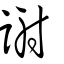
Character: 謝